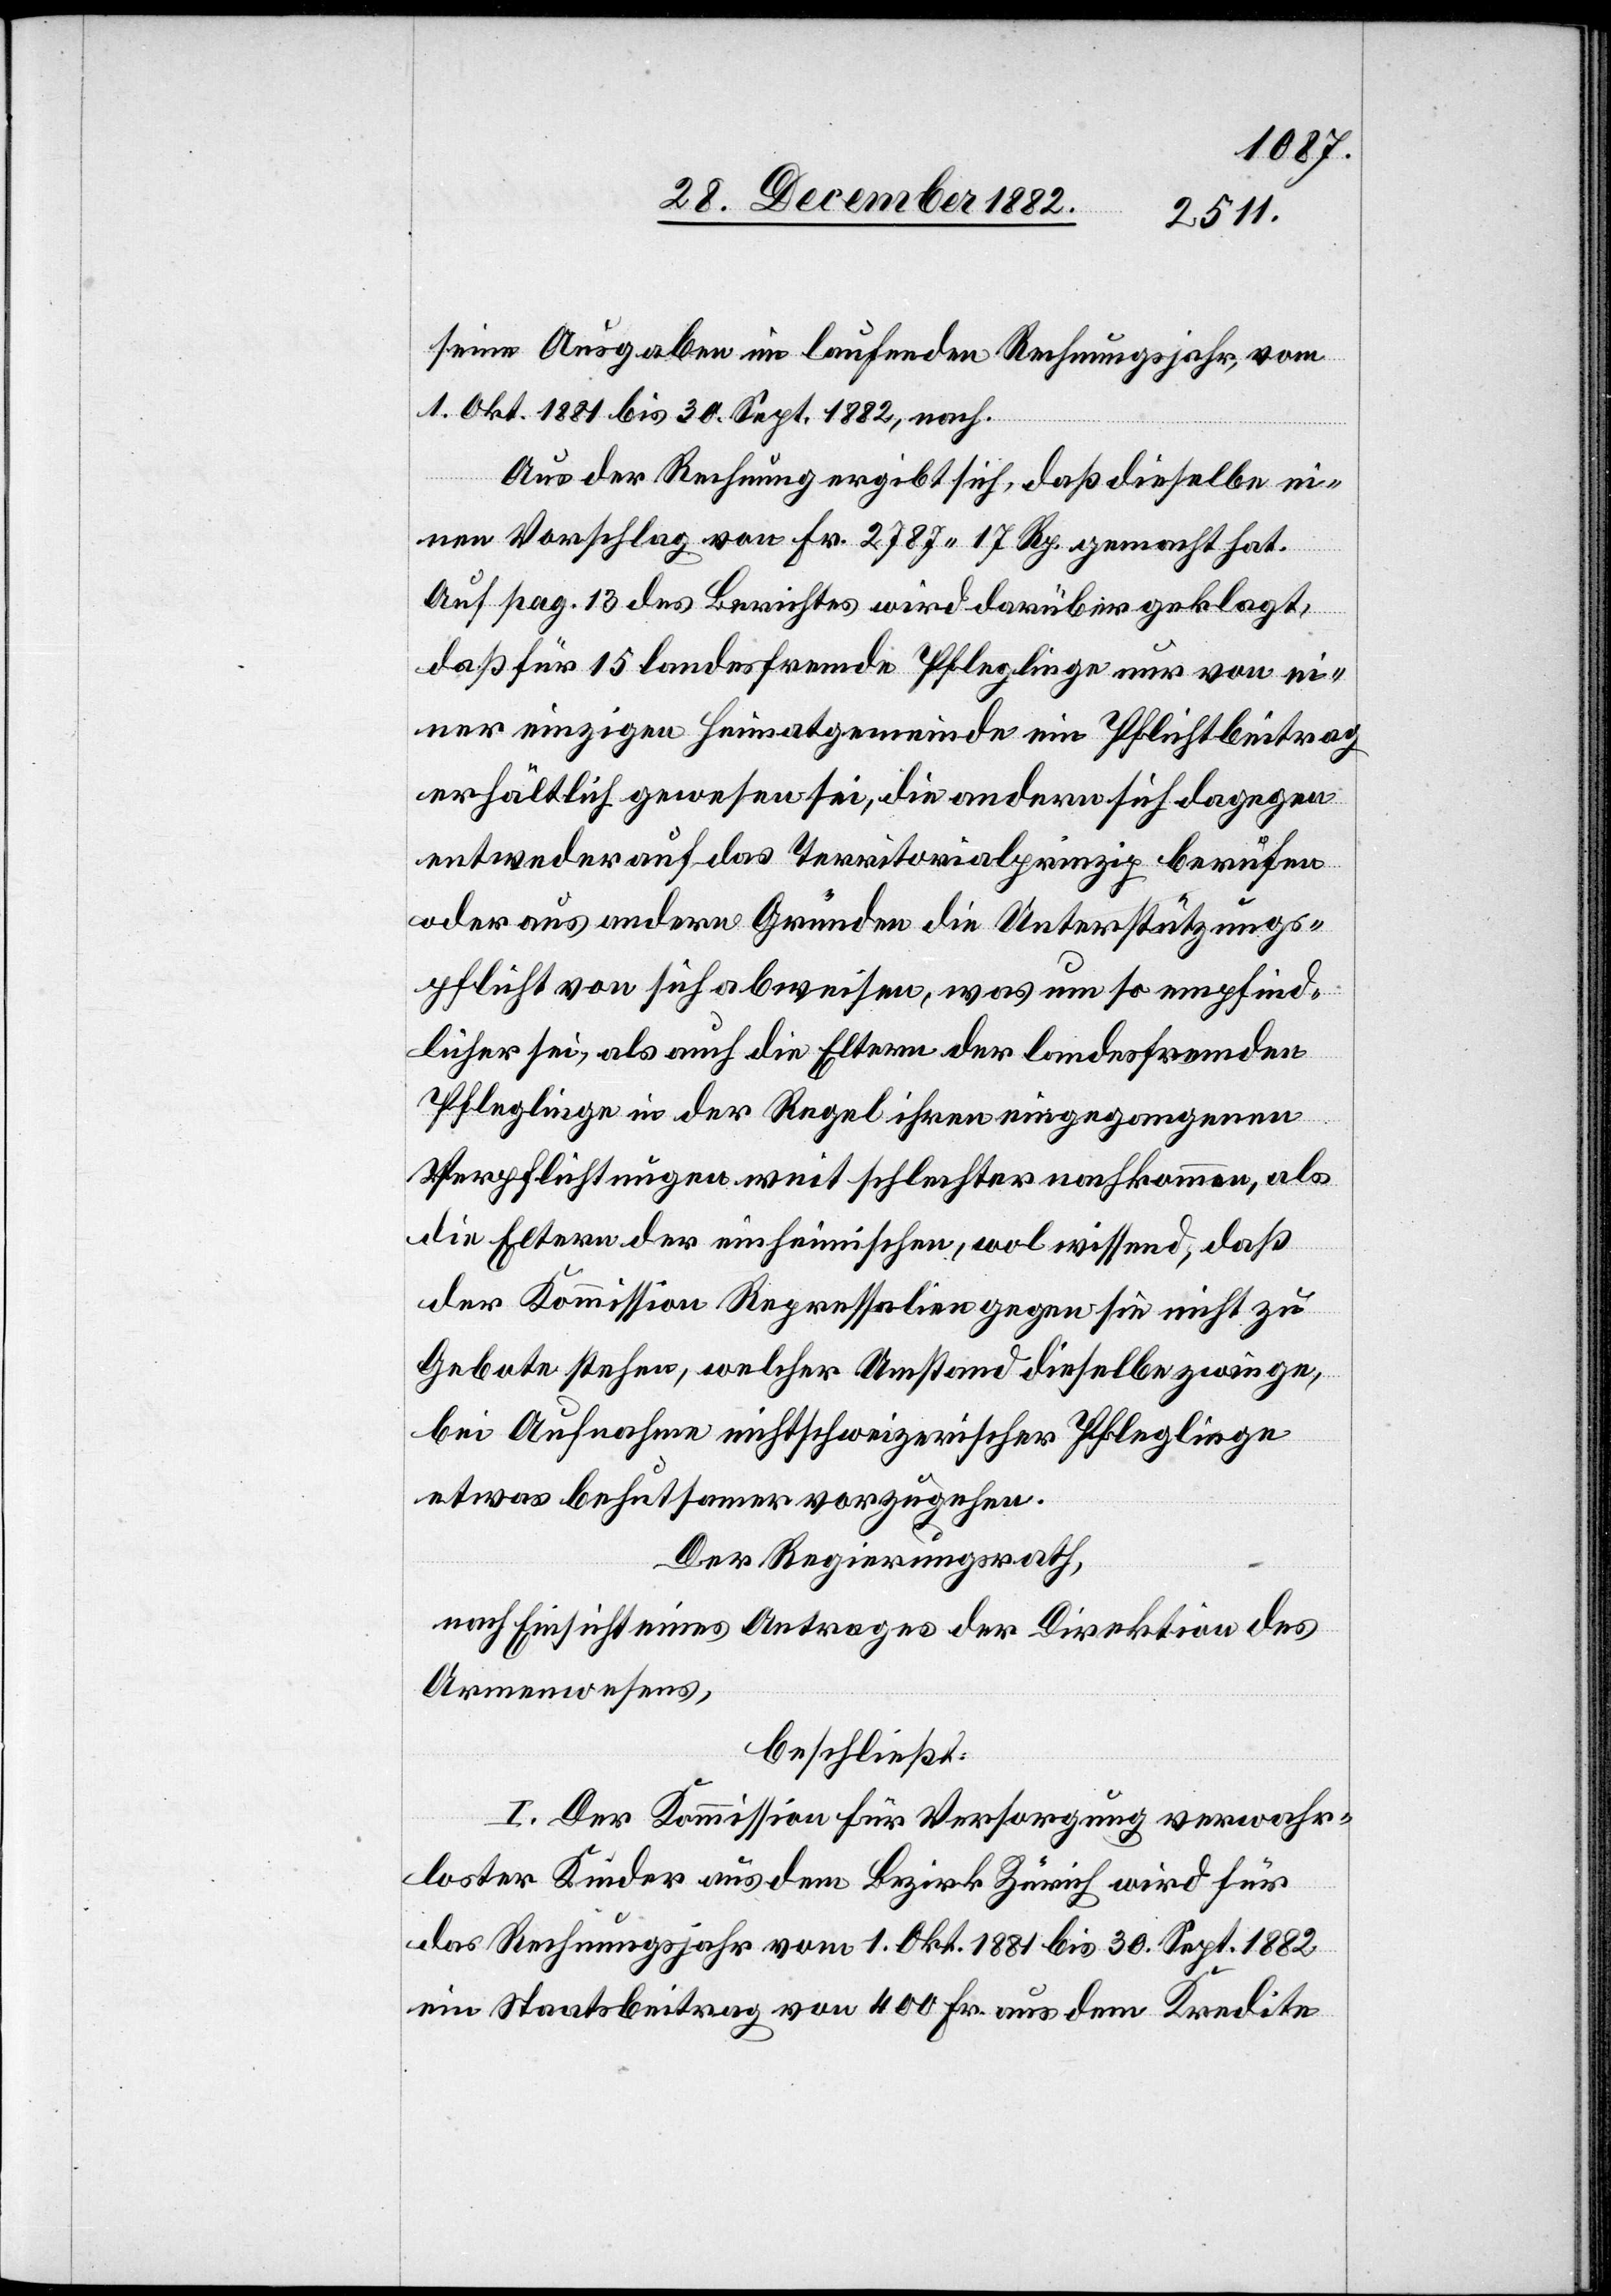
seine Ausgaben im laufenden Rechnungsjahr, vom
1. Okt. 1881 bis 30. Sept. 1882, nach.
Aus der Rechnung ergibt sich, daß dieselbe ein¬
en Vorschlag von Fr. 2787 17 Rp. gemacht hat.
Auf pag. 13 des Berichtes wird darüber geklagt,
daß für 15 landesfremde Pfleglinge nur von ei¬
ner einzigen Heimatgemeinde ein Pflichtbeitrag
erhältlich gewesen sei, die andern sich dagegen
entweder auf das Territorialprinzip berufen
oder aus andern Gründen die Unterstützungs¬
pflicht von sich abweisen, was um so empfind¬
licher sei, als auch die Eltern der landesfremden
Pfleglinge in der Regel ihren eingegangenen
Verpflichtungen weit schlechter nachkommen, als
die Eltern der einheimischen, wol wissend, daß
der Kommission Repressalien gegen sie nicht zu
Gebote stehen, welcher Umstand dieselbe zwinge,
bei Aufnahme nichtschweizerischer Pfleglinge
etwas behutsamer vorzugehen.
Der Regierungsrath,
nach Einsicht eines Antrages der Direktion des
Armenwesens,
beschließt:
I. Der Kommission für Versorgung verwahr¬
loster Kinder aus dem Bezirk Zürich wird für
das Rechnungsjahr vom 1. Okt. 1881 bis 30. Sept. 1882
ein Staatsbeitrag von 400 Fr. aus dem Kredite